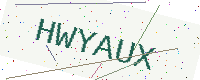
Text: HWYAUX